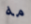
مه